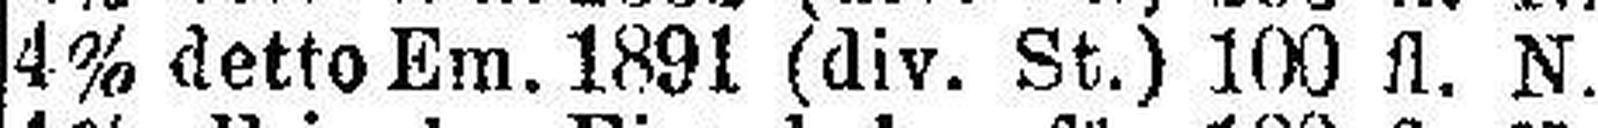
4% detto Em. 1891 (div. St.) 100 fl. N.